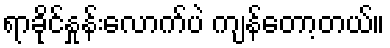
ရာခိုင်နှုန်းလောက်ပဲ ကျန်တော့တယ်။